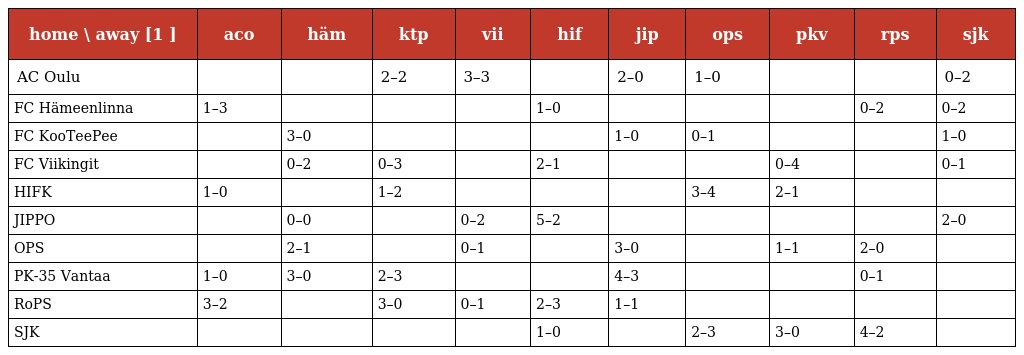
| home \ away [1 ] | aco | häm | ktp | vii | hif | jip | ops | pkv | rps | sjk |
 | --- | --- | --- | --- | --- | --- | --- | --- | --- | --- | --- |
 | AC Oulu |  |  | 2–2 | 3–3 |  | 2–0 | 1–0 |  |  | 0–2 |
 | FC Hämeenlinna | 1–3 |  |  |  | 1–0 |  |  |  | 0–2 | 0–2 |
 | FC KooTeePee |  | 3–0 |  |  |  | 1–0 | 0–1 |  |  | 1–0 |
 | FC Viikingit |  | 0–2 | 0–3 |  | 2–1 |  |  | 0–4 |  | 0–1 |
 | HIFK | 1–0 |  | 1–2 |  |  |  | 3–4 | 2–1 |  |  |
 | JIPPO |  | 0–0 |  | 0–2 | 5–2 |  |  |  |  | 2–0 |
 | OPS |  | 2–1 |  | 0–1 |  | 3–0 |  | 1–1 | 2–0 |  |
 | PK-35 Vantaa | 1–0 | 3–0 | 2–3 |  |  | 4–3 |  |  | 0–1 |  |
 | RoPS | 3–2 |  | 3–0 | 0–1 | 2–3 | 1–1 |  |  |  |  |
 | SJK |  |  |  |  | 1–0 |  | 2–3 | 3–0 | 4–2 |  |